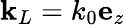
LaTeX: {\mathbf k}_{L}=k_{0}{\mathbf e}_{z}